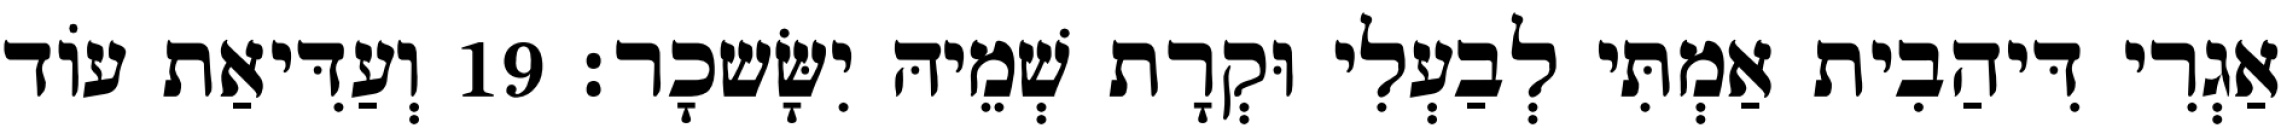
אַגְרִי דִּיהַבִית אַמְתִּי לְבַעְלִי וּקְרָת שְׁמֵיהּ יִשָּׂשכָר׃ 19 וְעַדִּיאַת עוֹד